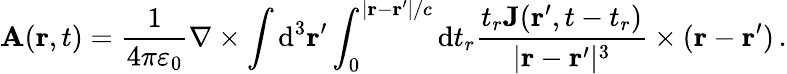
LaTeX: \mathbf{A}(\mathbf{r},t)={\frac{1}{4\pi\varepsilon_{0}}}\nabla\times\int\mathrm{d}^{3}\mathbf{r^{\prime}}\int_{0}^{|\mathbf{r}-\mathbf{r}^{\prime}|/c}\mathrm{d}t_{r}{\frac{t_{r}\mathbf{J}(\mathbf{r^{\prime}},t-t_{r})}{|\mathbf{r}-\mathbf{r}^{\prime}|^{3}}}\times(\mathbf{r}-\mathbf{r}^{\prime})\, .